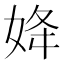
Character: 𡜠